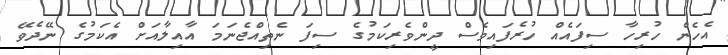
އެހެން ހުރިހާ ސިފައެއް ހުރެފައިވެސް ދީންވެރިކަމުގެ ސިފަ ނެތިއްޖެނަމަ އާއިލާއަށް އެކަމުގެ ނޭދެވޭ